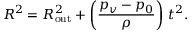
R ^ { 2 } = R _ { \mathrm { o u t } } ^ { 2 } + \bigg ( \frac { p _ { v } - p _ { 0 } } { \rho } \bigg ) ~ t ^ { 2 } .